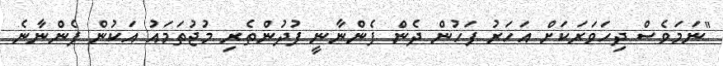
"ނަމަވެސް ދިހަވަރަކަށް އަހަރު ފަހުން ދެން ފެންނާނީ ފުދުންތެރި މުޖުތަމައު އަކުން ފެންނާނެ